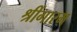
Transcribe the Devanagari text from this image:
श्रींगारम